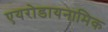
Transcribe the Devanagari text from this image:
एयरोडायनामिक